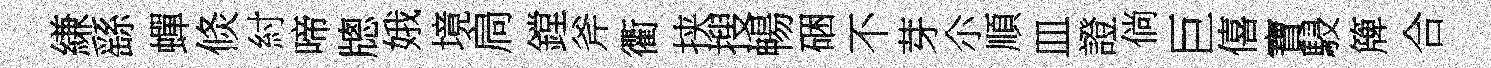
縑繇蟬倐紂啼牕娥境扃鏜斧衢挟搜暢硱不芽尒順皿證倘巨僖寶駸簰合